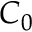
C _ { 0 }